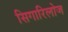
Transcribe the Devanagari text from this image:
सिगारिलोज